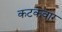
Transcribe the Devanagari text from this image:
कटकवार